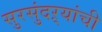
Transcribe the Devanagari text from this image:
सुरसुंदऱ्यांची